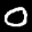
Label: 0